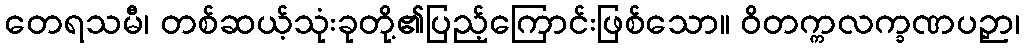
တေရသမီ၊ တစ်ဆယ့်သုံးခုတို့၏ပြည့်ကြောင်းဖြစ်သော။ ဝိတက္ကလက္ခဏပဉှာ၊